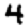
Digit: 4